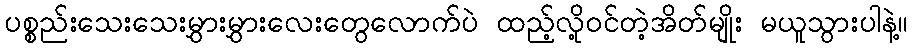
ပစ္စည်းသေးသေးမွှားမွှားလေးတွေလောက်ပဲ ထည့်လို့ဝင်တဲ့အိတ်မျိုး မယူသွားပါနဲ့။